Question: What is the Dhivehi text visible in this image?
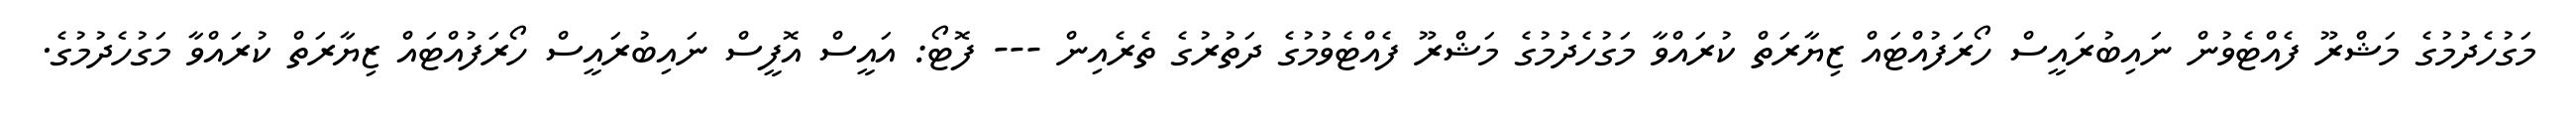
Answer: މަގުހެދުމުގެ މަޝްރޫ ފެއްޓެވުން ނައިބުރައީސް ހޯރަފުއްޓައް ޒިޔާރަތް ކުރައްވާ މަގުހެދުމުގެ މަޝްރޫ ފެއްޓެވުމުގެ ދަތުރުގެ ތެރެއިން --- ފޮޓޯ: އައީސް އޮފީސް ނައިބުރައީސް ހޯރަފުއްޓައް ޒިޔާރަތް ކުރައްވާ މަގުހެދުމުގެ.